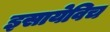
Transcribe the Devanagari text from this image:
इसायेविच